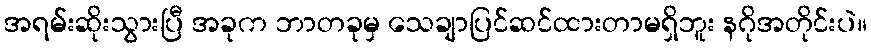
အရမ်းဆိုးသွားပြီ အခုက ဘာတခုမှ သေချာပြင်ဆင်ထားတာမရှိဘူး နဂိုအတိုင်းပဲ။